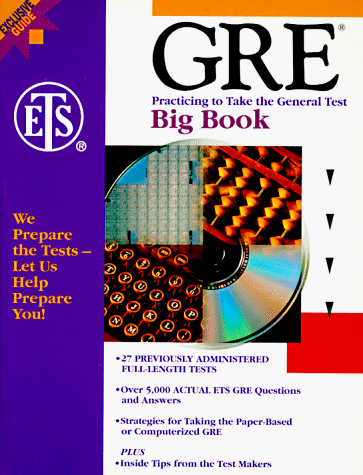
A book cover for GRE: Practicing to Take the General Test: Big Book; Educational Testing Service; Test Preparation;